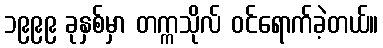
၁၉၉၉ ခုနှစ်မှာ တက္ကသိုလ် ဝင်ရောက်ခဲ့တယ်။